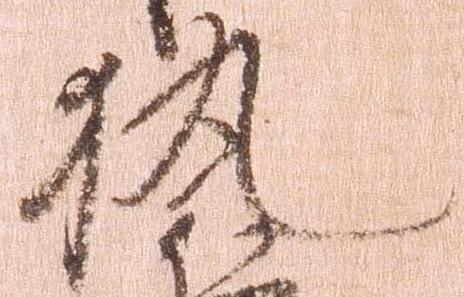
執